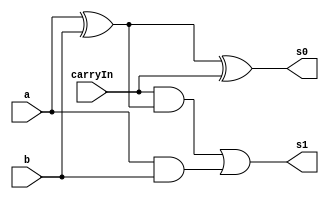
// -------------------------
// Exemplo0021 - FULL ADDER 
// Nome: Gabriel Benjamim de Carvalho 
// ------------------------- 
// ------------------------- 
// full adder 
// ------------------------- 

module fullAdder (output s0,
output s1, 
input a, 
input b, 
input carryIn); 


wire p1,p2,p3;

and and1 (p1, a, b);
xor xor1 (p2, a, b);
and and2 (p3, carryIn, p2);
xor xor2 (s0, p2, carryIn);
or or1 (s1, p3, p1); 
 
 
endmodule // fullAdder 
module fullAdderSys (output [4:0] s, 
input [3:0] a, 
input [3:0] b, 
input carryIn);


wire s0v1,s0v2,s0v3,s1v1,s1v2,s1v3;


fullAdder ad1 (s[0], s1v1, a[0], ~b[0], carryIn);
fullAdder ad2 (s[1], s1v2, a[1], ~b[1], s1v1);
fullAdder ad3 (s[2], s1v3, a[2], ~b[3], s1v2);
fullAdder ad4 (s[3], s[4], a[3], ~b[3], s1v3);



endmodule

module test_fullAdder; 
// ------------------------- definir dados 

reg [3:0] y; 
reg [3:0] x;
reg c;
wire [4:0] s; 
fullAdderSys s1 (s, x, y, c);
// ------------------------- parte principal 

initial begin 
$display("Exemplo0025 - Gabriel Benjamim de Carvalho - 396690"); 
$display("Test ALU's full adder"); 
x = 4'b0001; y = 4'b1101; c = 1'b0;
#1 $display("%4b = complemento de 2.: %5b", y, s);  
end 
endmodule // test_fullAdder 

// OBS.: SIMULAR NO LOGISIM, TAMBEM.